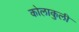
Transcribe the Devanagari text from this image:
कोलाकुली